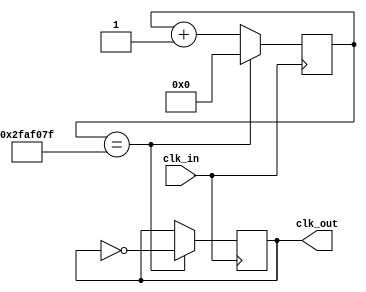
// This program was cloned from: https://github.com/FPGADude/Digital-Design
// License: GNU General Public License v3.0

`timescale 1ns / 1ps

// For 7-segment display clock
// Authored by David J Marion

module oneHz_generator(
    input clk_in,       // 100MHz 
    output clk_out
    );
    
    reg [25:0] clk_counter = 0;
    reg clk_1Hz = 0;
    
    always @(posedge clk_in) begin
        if(clk_counter == 49_999_999) begin
            clk_counter <= 0;
            clk_1Hz <= ~clk_1Hz;
        end
        else
            clk_counter <= clk_counter + 1;
    end
    
    assign clk_out = clk_1Hz;
    
endmodule